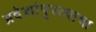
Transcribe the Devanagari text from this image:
प्रदेशांपुरत्याचा